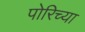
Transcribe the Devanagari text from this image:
पोरिच्या